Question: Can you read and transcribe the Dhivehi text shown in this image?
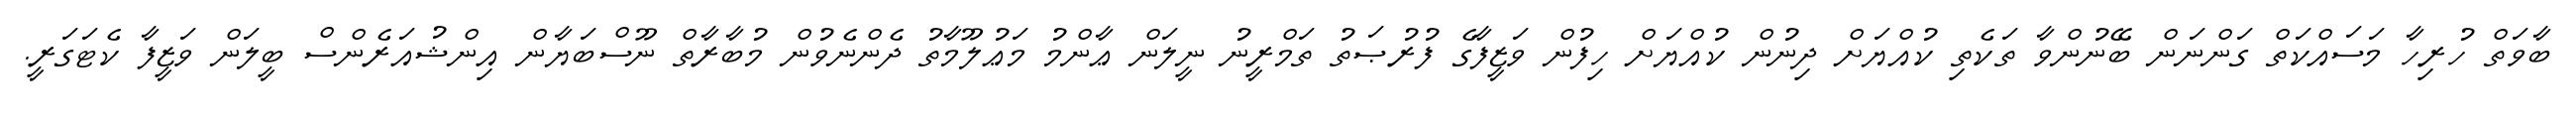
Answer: ބާވަތް ހުރިހާ މަސައްކަތް ގަންނަން ބޭނުންވާ ތަކެތި ކުއްޔަށް ދިނުން ކުއްޔަށް ހިފުން ވަޒީފާގެ ފުރުޞަތު ތަމްރީނު ނީލަން ޢާންމު މަޢުލޫމާތު ދެންނެވުން މުބާރާތް ނޫސްބަޔާން އިންޝުއަރެންސް ބީލަން ވަޒީފާ ކެޓަގަރީ.